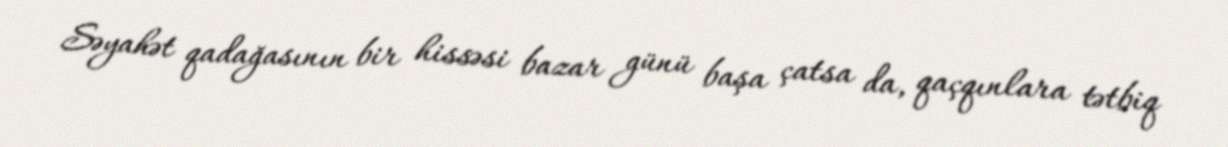
Səyahət qadağasının bir hissəsi bazar günü başa çatsa da, qaçqınlara tətbiq